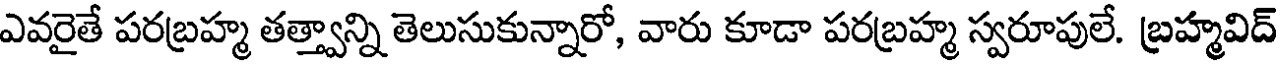
ఎవరైతే పరబ్రహ్మ తత్త్వాన్ని తెలుసుకున్నారో, వారు కూడా పరబ్రహ్మ స్వరూపులే. బ్రహ్మవిద్